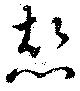
恝